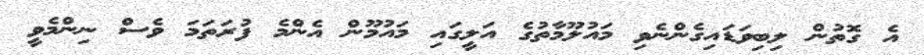
އެ ގޮތުން ލިބިވަޑައިގެންނެވި މައުލޫމާތުގެ އަލީގައި މައުމޫން އެންމެ ފުރަތަމަ ވެސް ނިންމެވީ